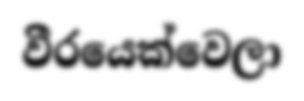
වීරයෙක්වෙලා